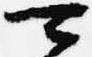
可